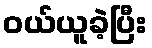
ဝယ်ယူခဲ့ပြီး